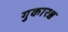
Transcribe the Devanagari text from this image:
गुकारश्च